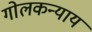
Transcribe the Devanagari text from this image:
गोलकन्याय